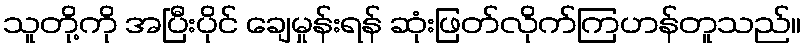
သူတို့ကို အပြီးပိုင် ချေမှုန်းရန် ဆုံးဖြတ်လိုက်ကြဟန်တူသည်။